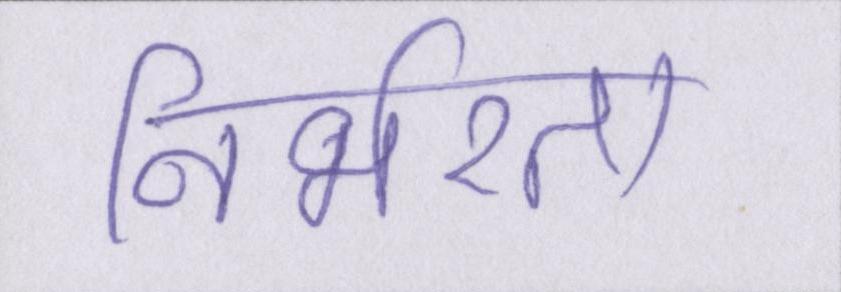
निर्भरता